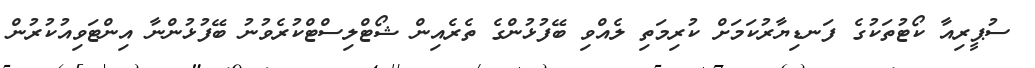
ސުޕީރިއާ ކޯޓުތަކުގެ ފަނޑިޔާރުކަމަށް ކުރިމަތި ލެއްވި ބޭފުޅުންގެ ތެރެއިން ޝޯޓްލިސްޓްކުރެވުނު ބޭފުޅުންނާ އިންޓަވިއުކުރުން